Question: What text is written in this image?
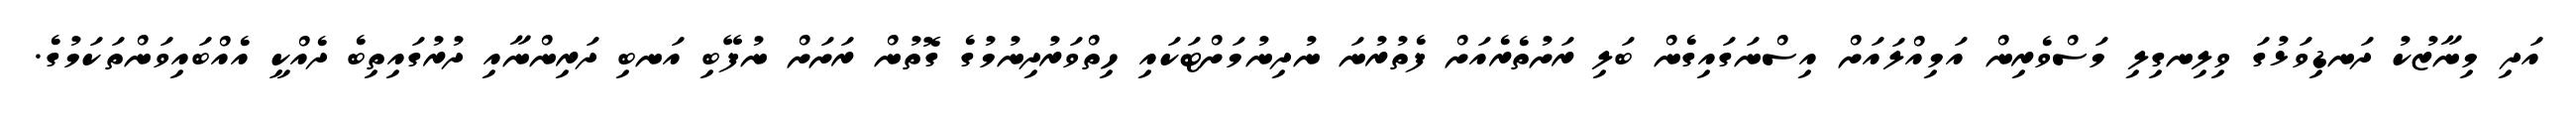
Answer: އަދި މިނާޒުކު ދަނޑިވަޅުގަ ވިލިނގިލި މަސްވެރިން އަމިއްލައަށް އިސްނަގައިގެން ބަލި ރަށުތެރެއަށް ފެތުރުނަ ނުދިނުމަށްޓަކައި ހިތްވަރުދިނުމުގެ ގޮތުން ރަށަށް ނުފޭބި އަނބި ދަރިންނާއި ދުރުގައިތިބެ ދެއްކީ އެއްބައިވަންތަކަމުގެ.